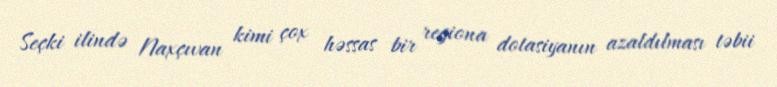
Seçki ilində Naxçıvan kimi çox həssas bir regiona dotasiyanın azaldılması təbii